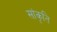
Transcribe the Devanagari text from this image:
सांकृति